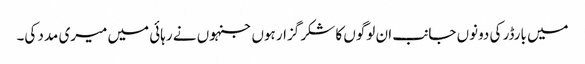
میں بارڈر کی دونوں جانب ان لوگوں کا شکر گزار ہوں جنہوں نے رہائی میں میری مدد کی۔